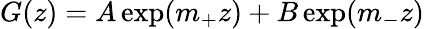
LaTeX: \begin{array}{r}{G(z)=A\exp(m_{+}z)+B\exp(m_{-}z)}\end{array}